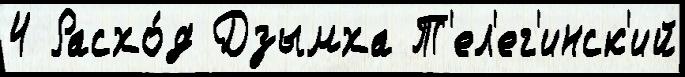
4 Расхо́д Дзымха Т'ел'ег'инск'ий